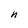
Character: h